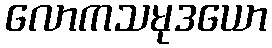
လောကသမုဒယော